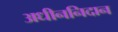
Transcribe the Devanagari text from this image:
अधीननिदान